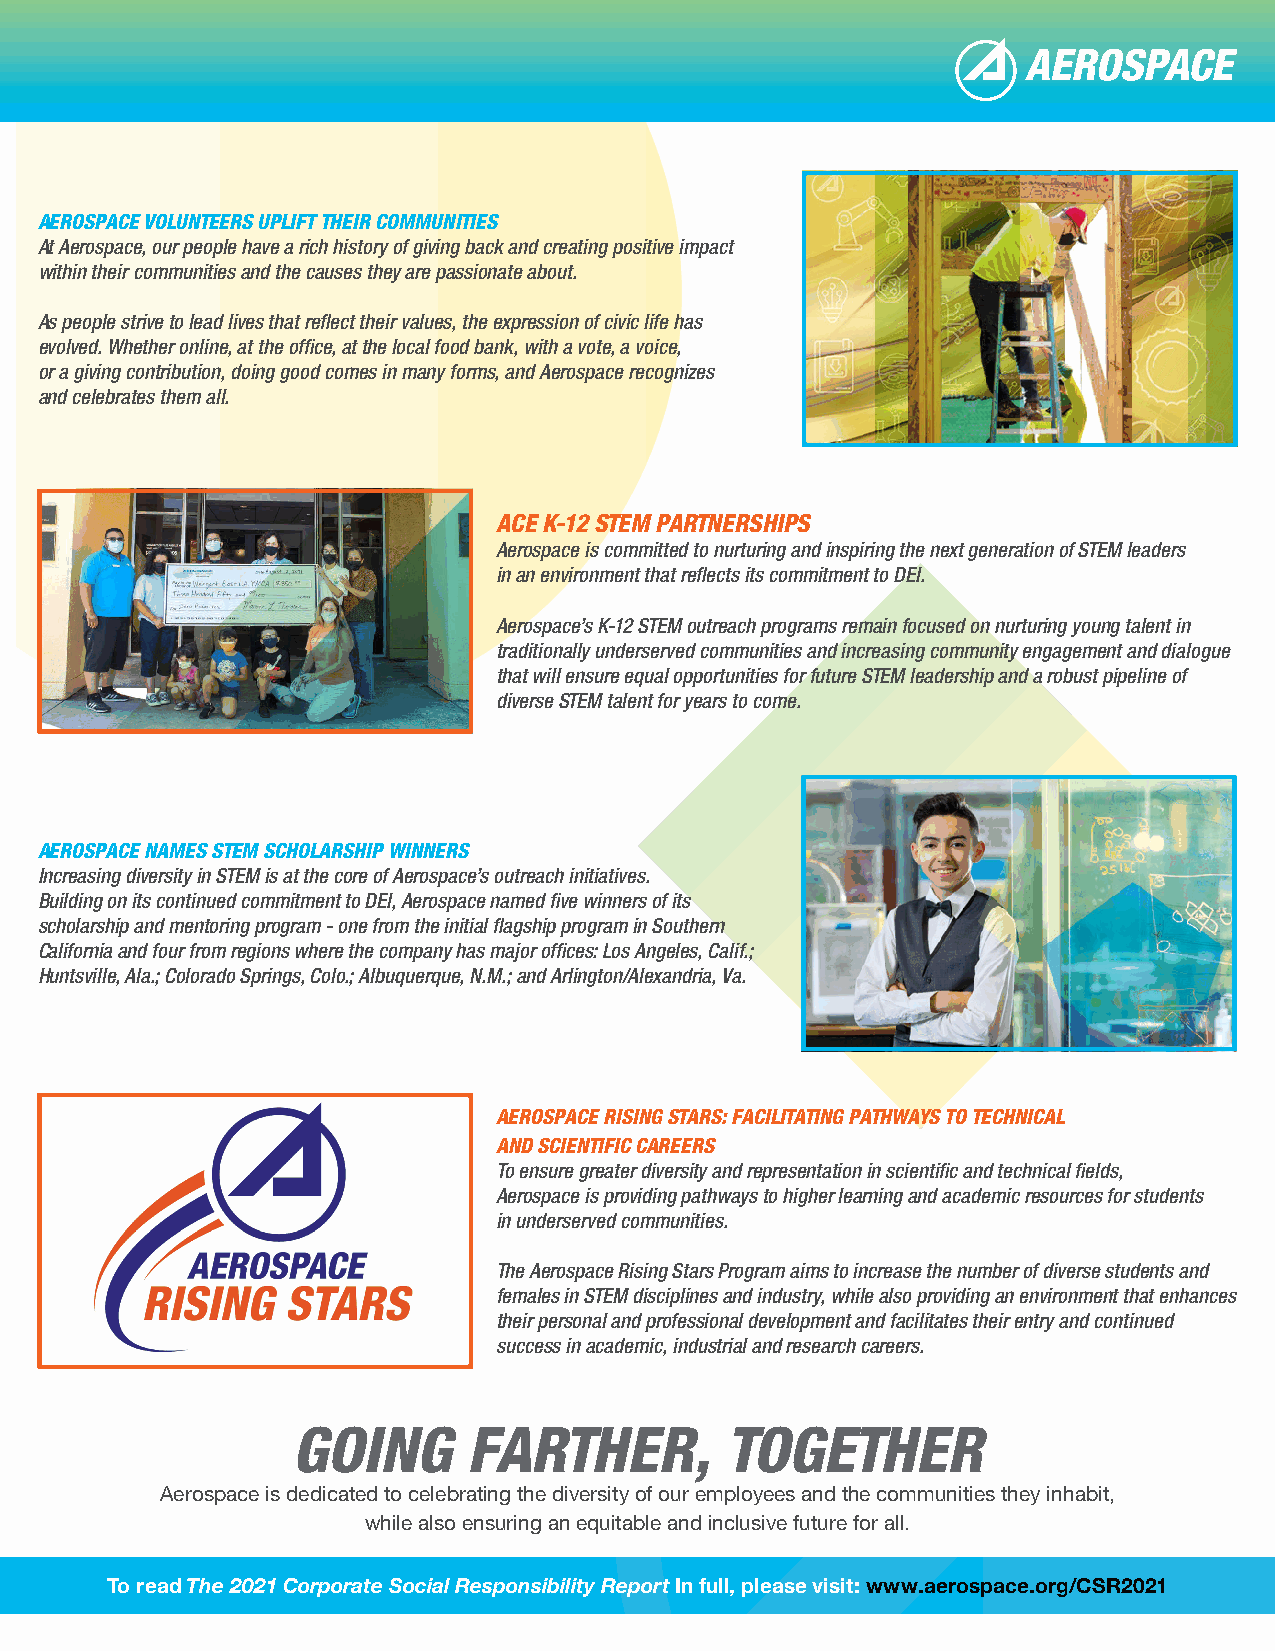
AEROSPACE VOLUNTEERS UPLIFT THEIR COMMUNITIES
 At Aerospace, our people have a rich history of giving back and creating positive impact
 within their communities and the causes they are passionate about.
 As people strive to lead lives that reflect their values, the expression of civic life has
 evolved. Whether online, at the office, at the local food bank, with a vote, a voice,
 or a giving contribution, doing good comes in many forms, and Aerospace recognizes
 and celebrates them all.
 ACE K-12 STEM PARTNERSHIPS
 Aerospace is committed to nurturing and inspiring the next generation of STEM leaders
 in an environment that reflects its commitment to DEI.
 Aerospace’s K-12 STEM outreach programs remain focused on nurturing young talent in
 traditionally underserved communities and increasing community engagement and dialogue
 that will ensure equal opportunities for future STEM leadership and a robust pipeline of
 diverse STEM talent for years to come.
 AEROSPACE NAMES STEM SCHOLARSHIP WINNERS
 Increasing diversity in STEM is at the core of Aerospace’s outreach initiatives.
 Building on its continued commitment to DEI, Aerospace named five winners of its
 scholarship and mentoring program - one from the initial flagship program in Southern
 California and four from regions where the company has major offices: Los Angeles, Calif.;
 Huntsville, Ala.; Colorado Springs, Colo.; Albuquerque, N.M.; and Arlington/Alexandria, Va.
 AEROSPACE RISING STARS: FACILITATING PATHWAYS TO TECHNICAL
 AND SCIENTIFIC CAREERS
 To ensure greater diversity and representation in scientific and technical fields,
 Aerospace is providing pathways to higher learning and academic resources for students
 in underserved communities.
 The Aerospace Rising Stars Program aims to increase the number of diverse students and
 females in STEM disciplines and industry, while also providing an environment that enhances
 their personal and professional development and facilitates their entry and continued
 success in academic, industrial and research careers.
 GOING       FARTHER,         TOGETHER
 Aerospace is dedicated to celebrating the diversity of our employees and the communities they inhabit,
 while also ensuring an equitable and inclusive future for all.
 To read The 2021 Corporate Social Responsibility Report In full, please visit: www.aerospace.org/CSR2021